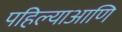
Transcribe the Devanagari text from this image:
पहिल्याआणि